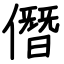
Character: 僭